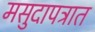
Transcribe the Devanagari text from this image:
मसुदापत्रात